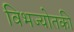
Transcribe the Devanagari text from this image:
विभज्योतकी